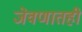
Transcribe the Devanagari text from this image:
जेवणातही